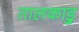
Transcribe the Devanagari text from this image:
तालकाड़ु